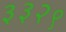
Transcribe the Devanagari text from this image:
३३२९